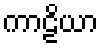
ကာဠိယာ